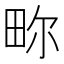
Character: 𬏂